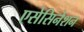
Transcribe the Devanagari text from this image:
एसेसिनेशन